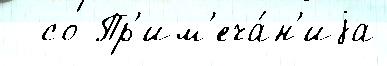
  со Пр'им'еча́н'иjа